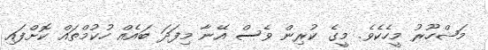
މަޝްހޫރު މީހެކެވެ. މީގެ ކުރިން ވެސް އޭނާ މިފަދަ ބައެއް ހުކުމްތައް ކޮށްފައި